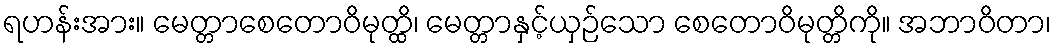
ရဟန်းအား။ မေတ္တာစေတောဝိမုတ္ထိ၊ မေတ္တာနှင့်ယှဉ်သော စေတောဝိမုတ္တိကို။ အဘာဝိတာ၊